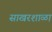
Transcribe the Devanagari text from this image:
साखरशाळा